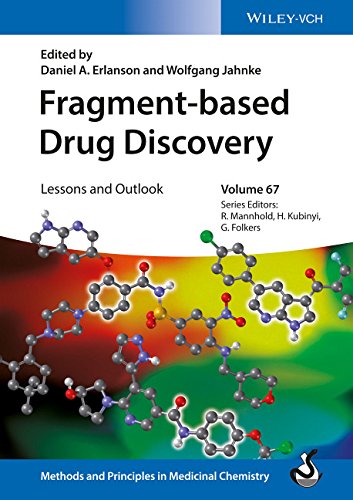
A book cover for Fragment-based Drug Discovery: Lessons and Outlook (Methods and Principles in Medicinal Chemistry); Daniel A. Erlanson; Medical Books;